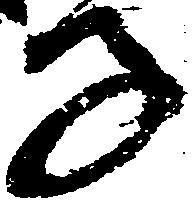
子